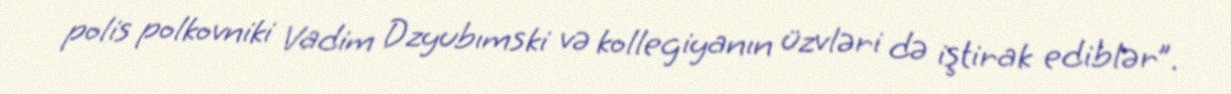
polis polkovniki Vadim Dzyubımski və kollegiyanın üzvləri də iştirak ediblər”.